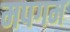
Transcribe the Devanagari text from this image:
मपगम